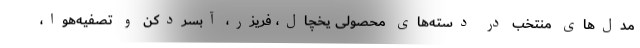
مدل‌های منتخب در دسته‌های محصولی یخچال، فریزر، آبسردکن و تصفیه‌هوا،